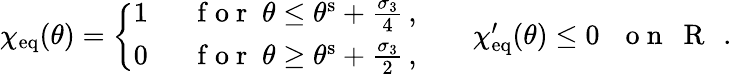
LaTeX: \begin{array}{r}{\chi_{\mathrm{eq}}(\theta)=\left\{ \begin{array}{ll}{1}&{\, \, \, \mathrm{~f~o~r~}\; \theta\leq\theta^{\mathrm{s}}+\frac{\sigma_{3}}{4}\, ,}\\ {0}&{\, \, \, \mathrm{~f~o~r~}\; \theta\geq\theta^{\mathrm{s}}+\frac{\sigma_{3}}{2}\, ,}\end{array}\right.\qquad\chi_{\mathrm{eq}}^{\prime}(\theta)\leq 0\, \, \, \, \mathrm{~o~n~\mathbb~{~R~}~}\, .}\end{array}